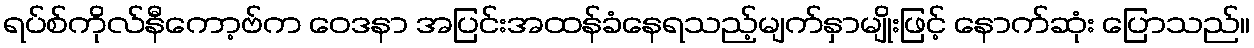
ရပ်စ်ကိုလ်နီကော့ဗ်က ဝေဒနာ အပြင်းအထန်ခံနေရသည့်မျက်နှာမျိုးဖြင့် နောက်ဆုံး ပြောသည်။